画像に写った文字を読んでください
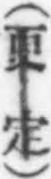
「(更定)」と書いてあります